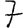
Digit: 7